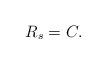
LaTeX: \begin{align*}R_s = C. \end{align*}